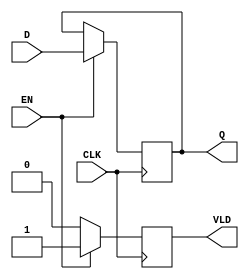
module PipelineBuffer (
    input wire [N-1:0] D,     // Data input
    input wire CLK,           // Clock input
    input wire EN,            // Enable signal
    output reg [N-1:0] Q,     // Data output
    output reg VLD            // Valid signal
);
    parameter N = 8;          // Width of the data bus, adjustable as needed

    always @(posedge CLK) begin
        if (EN) begin
            Q <= D;           // Capture input data on rising edge of CLK when EN is high
            VLD <= 1'b1;      // Assert valid signal when new data is latched
        end else begin
            VLD <= 1'b0;      // Deassert valid signal when not enabled
        end
    end

endmodule